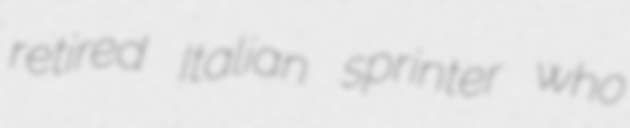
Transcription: retired Italian sprinter who